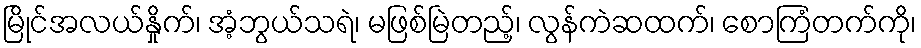
မြိုင်အလယ်နှိုက်၊ အံ့ဘွယ်သရဲ၊ မဖြစ်မြဲတည့်၊ လွန်ကဲဆထက်၊ စောကြံတက်ကို၊